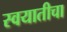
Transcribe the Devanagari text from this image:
स्वयातीचा